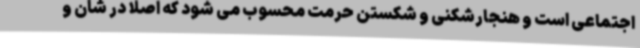
اجتماعی است و هنجارشکنی و شکستن حرمت محسوب می شود که اصلا در شان و